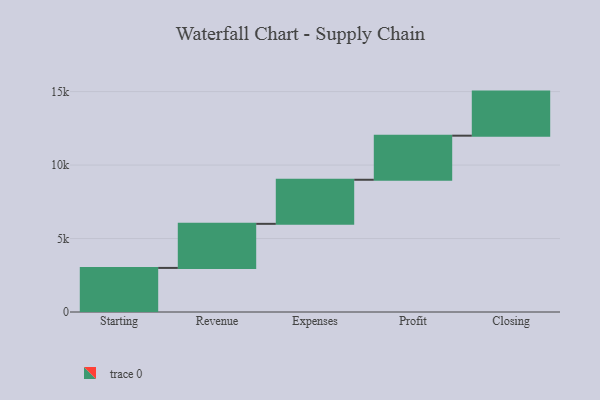
{"axis": {"x": "Step", "y": "Value"}, "legend": [""], "data": [{"x": "Starting", "y": 3000, "type": ""}, {"x": "Revenue", "y": 3000, "type": ""}, {"x": "Expenses", "y": 3000, "type": ""}, {"x": "Profit", "y": 3000, "type": ""}, {"x": "Closing", "y": 3000, "type": ""}]}